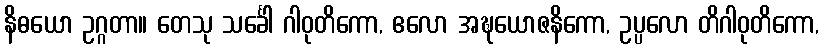
နိဓယော ဥဂ္ဂတာ။ တေသု သင်္ခေါ ဂါဝုတိကော, ဧလော အဍ္ဎယောဇနိကော, ဥပ္ပလော တိဂါဝုတိကော,